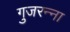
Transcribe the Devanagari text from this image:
गुजरन्ना